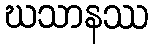
ဃသာနဿ